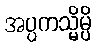
အပ္ပကသ္မိမ္ပိ